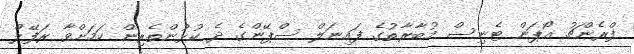
ފްރެންޗު އޯޕަން ޓެނިސް މުބާރާތުގެ ފައިނަލް ސްޕޭންގެ ދެ ކުޅުންތެރިން ކަމަށްވާ ރަފޭލް